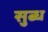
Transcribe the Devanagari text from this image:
सुब्ध